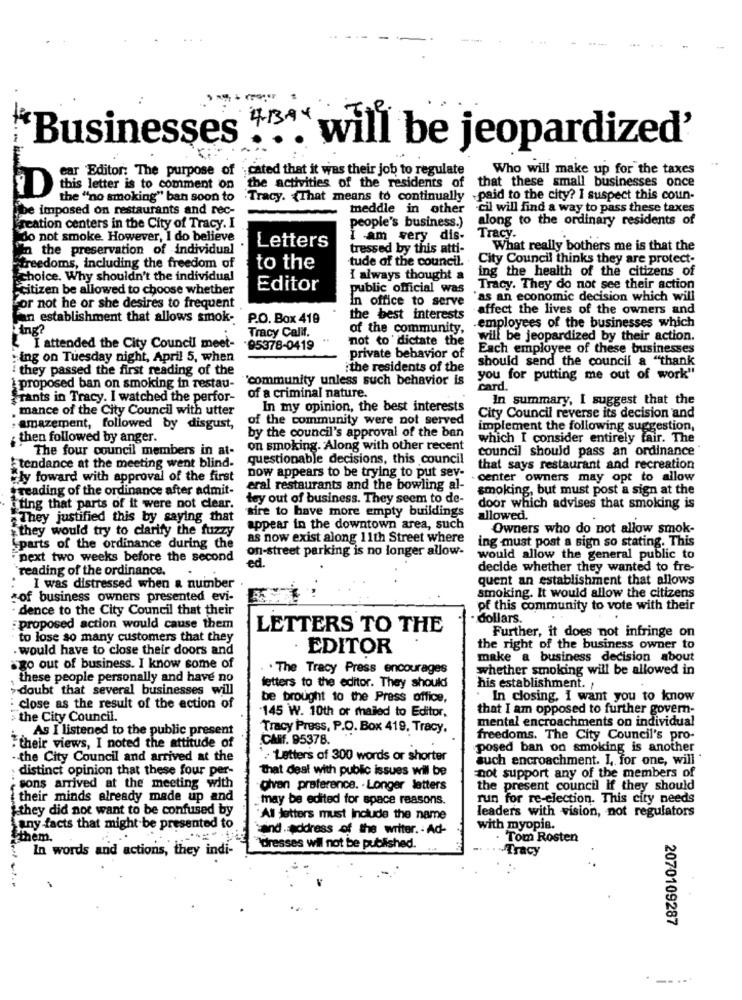
.....
"Businesses "". will be jeopardized'
car Editor: The purpose of
cated that it was their job to regulate
Who will make up for the taxes
that these small businesses once
this letter is to comment on
the activities of the residents of
D
the "no smoking" ban soon to
.Tracy. {That means to continually -paid to the city? I suspect this coun-
be imposed on restaurants and rec-
meddle in other
cil will find a way to pass these taxes
people's business.)
along to the ordinary residents of
Teation centers in the City of Tracy. I
do not smoke. However, I do believe
I am very dis-
Tracy.
in the preservation of individual
Letters
tressed by this atti-
What really bothers me is that the
tude of the council.
City Council thinks they are protect-
freedoms, including the freedom of
to the
ing the health of the citizens of
choice. Why shouldn't the individual
I always thought a
Fcitizen be allowed to choose whether
Editor
public official was
Tracy. They do not see their action
In office to serve
"as an economic decision which will
For not he or she desires to frequent
affect the lives of the owners and
an establishment that allows smok- P.O. Box 419
the best interests
.employees of the businesses which
Tracy Calif.
of the community,
not to dictate the
will be jeopardized by their action.
I attended the City Council meet-
95378-0419
Each employee of these businesses
ing on Tuesday night, April 5, when
private behavior of
should send the council a "thank
they passed the first reading of the
ithe residents of the
""community unless such behavior is
you for putting me out of work"
1 proposed ban on smoking in restau-
card.
Frants in Tracy. I watched the perfor-
of a criminal nature.
In summary, I suggest that the
. mance of the City Council with utter
In my opinion, the best interests
of the community were not served
City Council reverse its decision and
. amazement, followed by disgust,
by the council's approval of the ban
implement the following suggestion,
then followed by anger.
which I consider entirely fair. The
The four council members in at-
on smoking. Along with other recent
council should pass an ordinance
questionable decisions, this council
tendance at the meeting went blind-
that says restaurant and recreation
Fly foward with approval of the first
now appears to be trying to put sev-
-center owners may opt to allow
reading of the ordinance after admit-
eral restaurants and the bowling al-
smoking, but must post a sign at the
tey out of business. They seem to de-
iting that parts of it were not clear.
sire to have more empty buildings
door which advises that smoking is
They justified this by saying that
allowed.
they would try to clarify the fuzzy
appear in the downtown area, such
Owners who do not allow smok-
as now exist along 11th Street where
ing must post a sign so stating. This
parts of the ordinance during the
on-street parking is no longer allow-
next two weeks before the second
ed.
would allow the general public to
`reading of the ordinance.
decide whether they wanted to fre-
quent an establishment that allows
I was distressed when a number
of business owners presented evi-
smoking. It would allow the citizens
dence to the City Council that their
of this community to vote with their
dollars.
proposed action would cause them
LETTERS TO THE
Further, it does not infringe on
to lose so many customers that they
would have to close their doors and
EDITOR
the right of the business owner to
make a business decision about
go out of business. I know some of
. The Tracy Press encourages
whether smoking will be allowed in
these people personally and have no
doubt that several businesses will
letters to the editor. They should
his establishment. ,
be brought to the Press office,
· In closing, I want you to know
close as the result of the action of
145 W. 10th or mailed to Editor,
that I am opposed to further govern-
the City Council.
As I listened to the public present
Tracy Press, P.O. Box 419, Tracy,
mental encroachments on individual
CARf. 95378.
freedoms. The City Council's pro-
their views, I noted the attitude of
posed ban on smoking is another
- the City Council and arrived at the
Letters of 300 words or shorter
auch encroachment. L. for one, will "
distinct opinion that these four per-
that deal with public issues will be
not support any of the members of
sons arrived at the meeting with
Given preference. - Longer latters
the present council if they should
their minds already made up and
may be edited for space reasons.
run for re-election. This city needs
they did not want to be confused by
leaders with vision, not regulators
"All Jutters must Include the name
any facts that might be presented to
ind . address of the writer. - Ad-
with myopia.
them.
. Tom Rosten
In words and actions, they indi-
dresses wil not be published.
-Tracy
2070109287